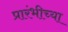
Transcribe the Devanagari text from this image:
प्रारंभीच्‍या